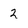
Character: 2